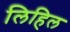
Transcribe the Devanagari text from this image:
लिहिल